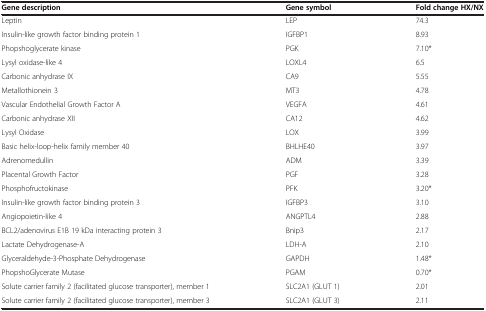
| Gene description | Gene symbol | Fold change HX/NX |
 | --- | --- | --- |
 | Leptin | LEP | 74.3 |
 | Insulin-like growth factor binding protein 1 | IGFBP1 | 8.93 |
 | Phopshoglycerate kinase | PGK | 7.10* |
 | Lysyl oxidase-like 4 | LOXL4 | 6.5 |
 | Carbonic anhydrase IX | CA9 | 5.55 |
 | Metallothionein 3 | MT3 | 4.78 |
 | Vascular Endothelial Growth Factor A | VEGFA | 4.61 |
 | Carbonic anhydrase XII | CA12 | 4.62 |
 | Lysyl Oxidase | LOX | 3.99 |
 | Basic helix-loop-helix family member 40 | BHLHE40 | 3.97 |
 | Adrenomedullin | ADM | 3.39 |
 | Placental Growth Factor | PGF | 3.28 |
 | Phosphofructokinase | PFK | 3.20* |
 | Insulin-like growth factor binding protein 3 | IGFBP3 | 3.10 |
 | Angiopoietin-like 4 | ANGPTL4 | 2.88 |
 | BCL2/adenovirus E1B 19 kDa interacting protein 3 | Bnip3 | 2.17 |
 | Lactate Dehydrogenase-A | LDH-A | 2.10 |
 | Glyceraldehyde-3-Phosphate Dehydrogenase | GAPDH | 1.48* |
 | PhopshoGlycerate Mutase | PGAM | 0.70* |
 | Solute carrier family 2 (facilitated glucose transporter), member 1 | SLC2A1 (GLUT 1) | 2.01 |
 | Solute carrier family 2 (facilitated glucose transporter), member 3 | SLC2A1 (GLUT 3) | 2.11 |